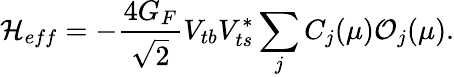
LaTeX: {\cal H}_{eff}=-\frac{4G_{F}}{\sqrt{2}}V_{tb}V_{ts}^{*}\sum_{j}C_{j}(\mu){\cal O}_{j}(\mu).